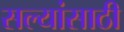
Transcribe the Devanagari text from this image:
सल्यांसाठी